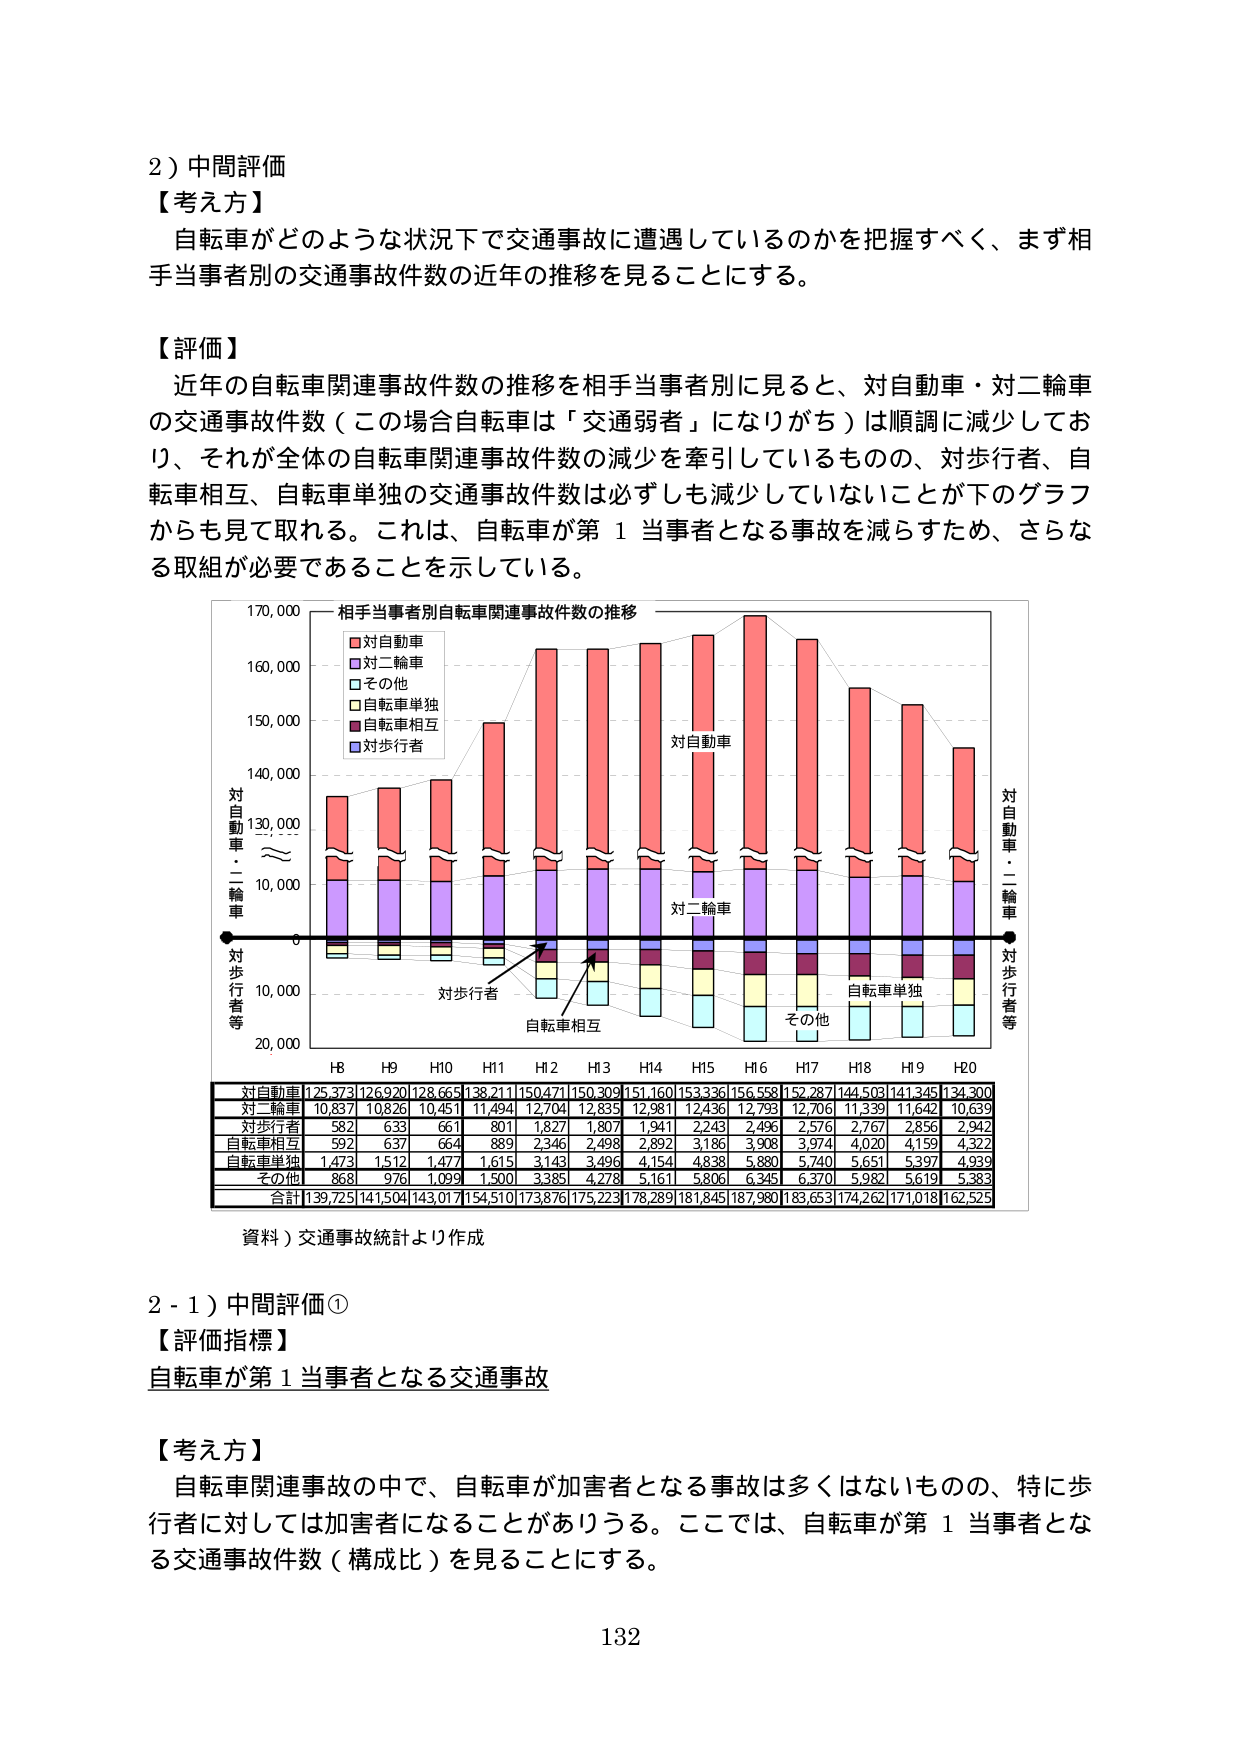
2）中間評価
【考え方】
自転車がどのような状況下で交通事故に遭遇しているのかを把握すべく、まず相手当事者別の交通事故件数の近年の推移を見ることにする。

【評価】
近年の自転車関連事故件数の推移を相手当事者別に見ると、対自動車・対二輪車の交通事故件数（この場合自転車は「交通弱者」になりがち）は順調に減少しており、それが全体の自転車関連事故件数の減少を牽引しているものの、対歩行者、自転車相互、自転車単独の交通事故件数は必ずしも減少していないことが下のグラフからも見て取れる。これは、自転車が第１当事者となる事故を減らすため、さらなる取組が必要であることを示している。

相手当事者別自転車関連事故件数の推移
■対自動車
■対二輪車
□その他
□自転車単独
■自転車相互
■対歩行者

対自動車・二輪車
対歩行者等
対自動車・二輪車
対歩行者等

対自動車
対二輪車
対歩行者
自転車相互
その他

H8 H9 H10 H11 H12 H13 H14 H15 H16 H17 H18 H19 H20
対自動車 125,373 126,920 128,665 138,211 150,471 150,309 151,160 153,336 156,558 152,287 144,503 141,345 134,300
対二輪車 10,837 10,826 10,451 11,494 12,704 12,835 12,981 12,436 12,793 12,706 11,339 11,642 10,639
対歩行者 582 633 661 801 1,827 1,807 1,941 2,243 2,496 2,576 2,767 2,856 2,942
自転車相互 592 637 664 889 2,346 2,498 2,892 3,186 3,908 3,974 4,020 4,159 4,322
自転車単独 1,473 1,512 1,477 1,615 3,143 3,496 4,154 4,838 5,880 5,740 5,651 5,397 4,939
その他 868 976 1,099 1,500 3,385 4,278 5,161 5,806 6,345 6,370 5,982 5,619 5,383
合計 139,725 141,504 143,017 154,510 173,876 175,223 178,289 181,845 187,980 183,653 174,262 171,018 162,525

資料）交通事故統計より作成

2-1）中間評価①
【評価指標】
自転車が第１当事者となる交通事故

【考え方】
自転車関連事故の中で、自転車が加害者となる事故は多くはないものの、特に歩行者に対しては加害者になることがある。ここでは、自転車が第１当事者となる交通事故件数（構成比）を見ることにする。

132